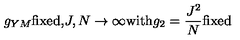
g _ { Y M } \mathrm { f i x e d , } J , N \rightarrow \infty \mathrm { w i t h } g _ { 2 } = \frac { J ^ { 2 } } { N } \mathrm { f i x e d }